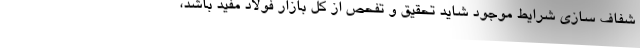
شفاف سازی شرایط موجود شاید تحقیق و تفحص از کل بازار فولاد مفید باشد،